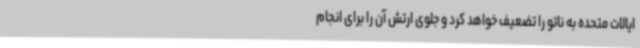
ایالات متحده به ناتو را تضعیف خواهد کرد و جلوی ارتش آن را برای انجام